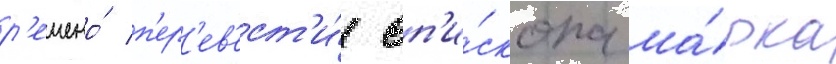
р'ешено́ п'ер'ев'ест'и́ еп'и́скопа ма́рка